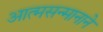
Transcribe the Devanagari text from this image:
आत्मसन्मानाने